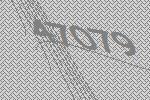
47079